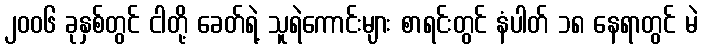
၂၀၀၆ ခုနှစ်တွင် ငါတို့ ခေတ်ရဲ့ သူရဲကောင်းများ စာရင်းတွင် နံပါတ် ၁၈ နေရာတွင် မဲ